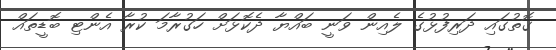
ގޮތުގައި ދަރިފުޅުގެ ލެއިން ވަނީ ބައްޔާ ދެކޮޅަށް ހަގުރާމަ ކުރާ އެންޓި ބޮޑީތައް